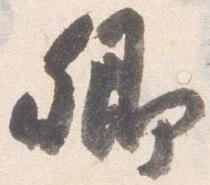
卿